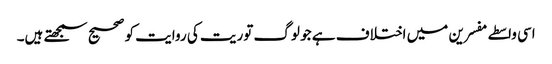
اسی واسطے مفسرین میں اختلاف ہے جو لوگ توریت کی روایت کو صحیح سمجھتے ہیں۔